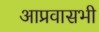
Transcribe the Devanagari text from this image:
आप्रवासभी